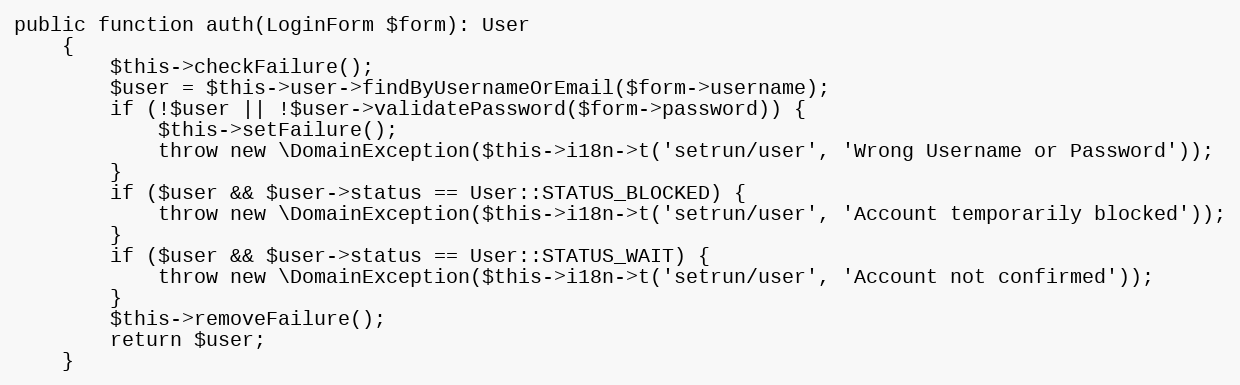
Language: PHP
public function auth(LoginForm $form): User
    {
        $this->checkFailure();
        $user = $this->user->findByUsernameOrEmail($form->username);
        if (!$user || !$user->validatePassword($form->password)) {
            $this->setFailure();
            throw new \DomainException($this->i18n->t('setrun/user', 'Wrong Username or Password'));
        }
        if ($user && $user->status == User::STATUS_BLOCKED) {
            throw new \DomainException($this->i18n->t('setrun/user', 'Account temporarily blocked'));
        }
        if ($user && $user->status == User::STATUS_WAIT) {
            throw new \DomainException($this->i18n->t('setrun/user', 'Account not confirmed'));
        }
        $this->removeFailure();
        return $user;
    }